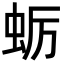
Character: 蛎